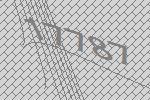
17787